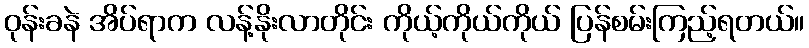
ဝုန်းခနဲ အိပ်ရာက လန့်နိုးလာတိုင်း ကိုယ့်ကိုယ်ကိုယ် ပြန်စမ်းကြည့်ရတယ်။